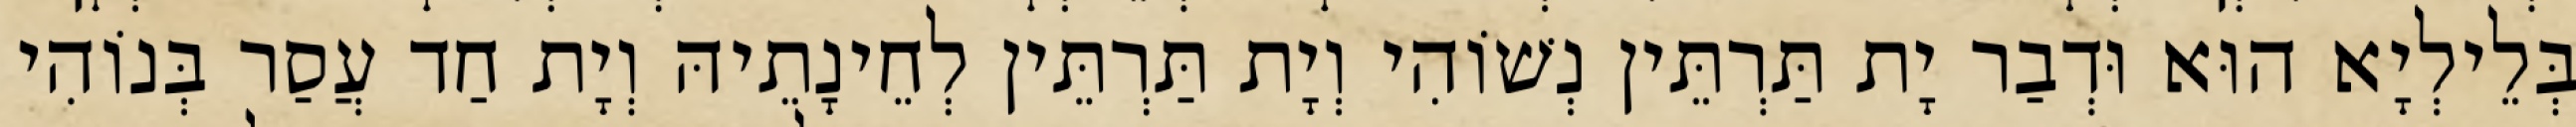
בְּלֵילְיָא הוּא וּדְבַר יָת תַּרְתֵּין נְשׁוֹהִי וְיָת תַּרְתֵּין לְחֵינָתֵיהּ וְיָת חַד עֲסַר בְּנוֹהִי